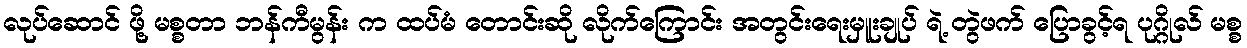
လုပ်ဆောင် ဖို့ မစ္စတာ ဘန်ကီမွန်း က ထပ်မံ တောင်းဆို လိုက်ကြောင်း အတွင်းရေးမှူးချုပ် ရဲ့ တွဲဖက် ပြောခွင့်ရ ပုဂ္ဂိုလ် မစ္စ